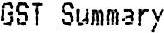
GST SUMMARY